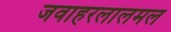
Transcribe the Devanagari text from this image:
जवाहरलालमल